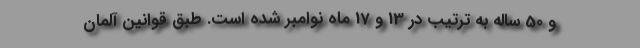
و 50 ساله به ترتیب در 13 و 17 ماه نوامبر شده است. طبق قوانین آلمان